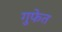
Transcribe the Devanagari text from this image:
गुफेत